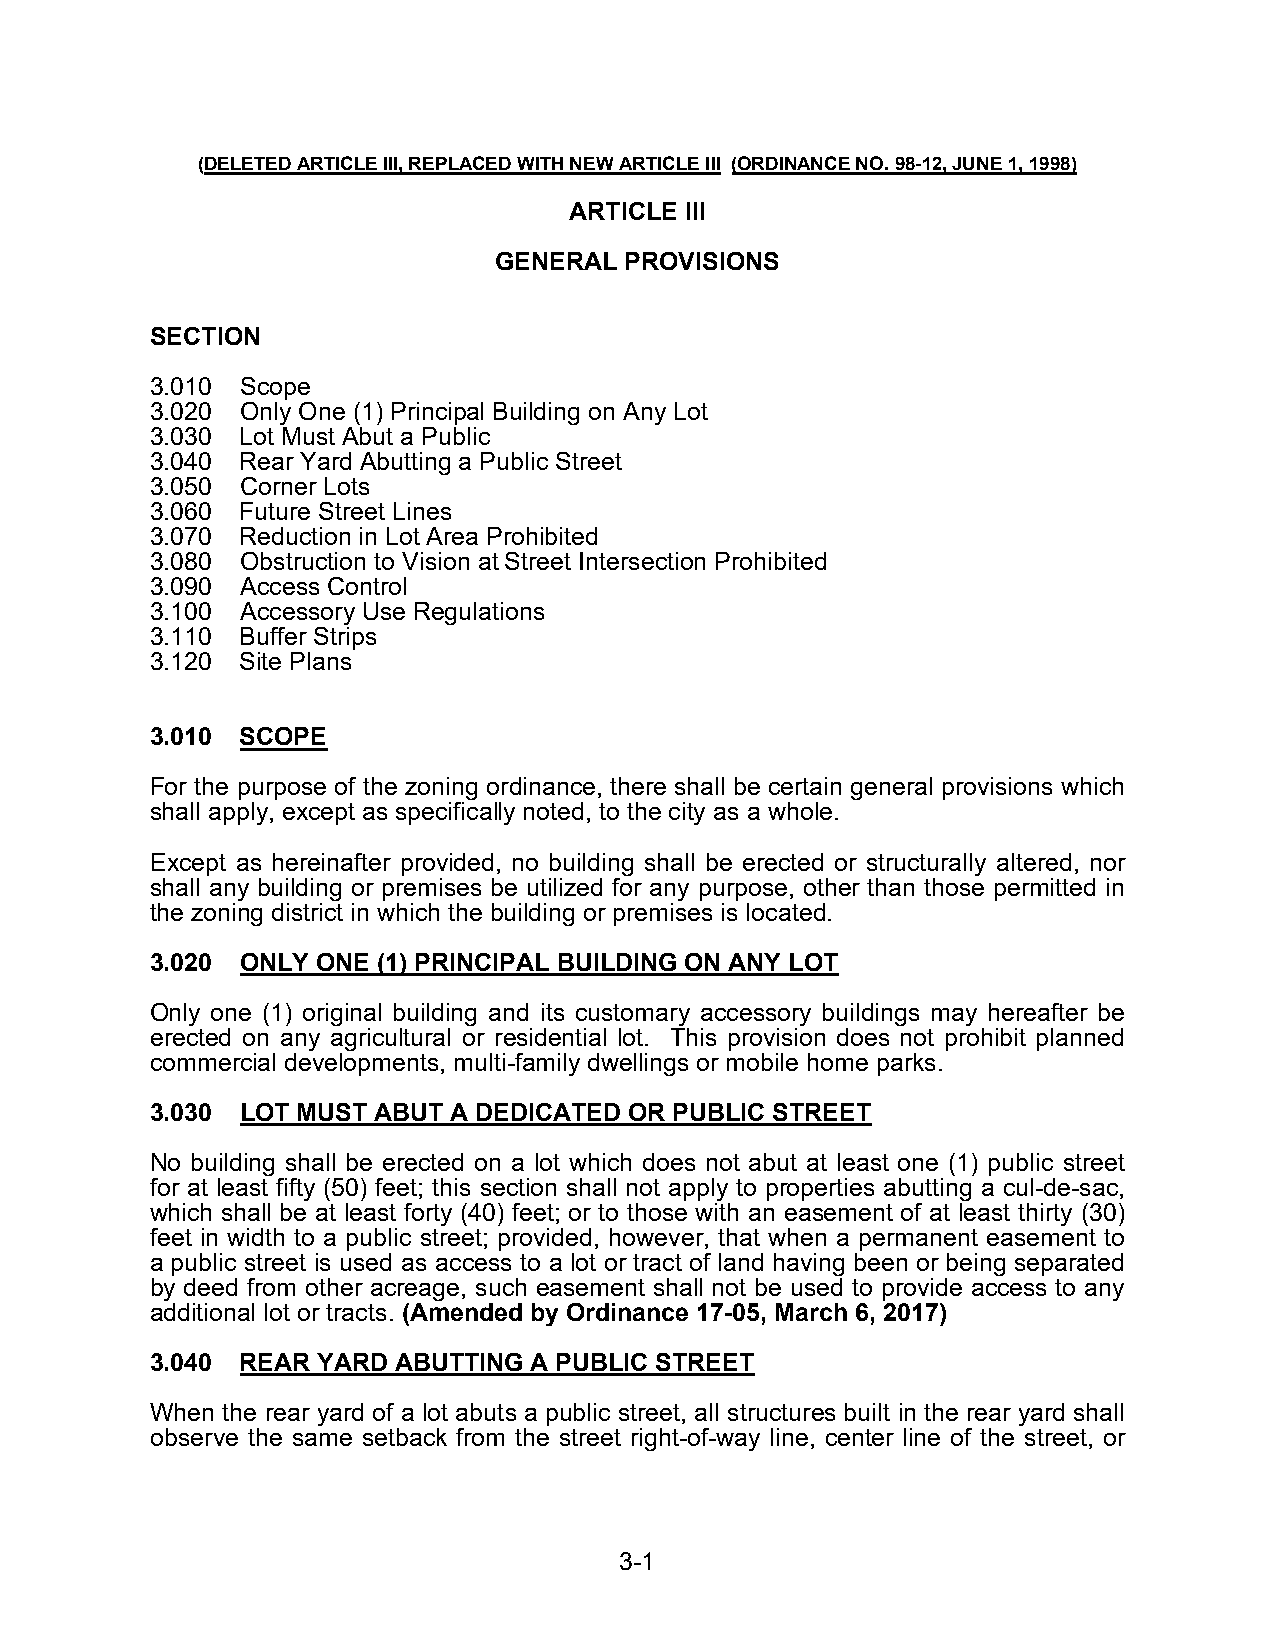
(DELETED ARTICLE III, REPLACED WITH NEW ARTICLE III (ORDINANCE NO. 98-12, JUNE 1, 1998)
 ARTICLE III
 GENERAL PROVISIONS
 SECTION
 3.010 Scope
 3.020 Only One (1) Principal Building on Any Lot
 3.030 Lot Must Abut a Public
 3.040 Rear Yard Abutting a Public Street
 3.050 Corner Lots
 3.060 Future Street Lines
 3.070 Reduction in Lot Area Prohibited
 3.080 Obstruction to Vision at Street Intersection Prohibited
 3.090 Access Control
 3.100 Accessory Use Regulations
 3.110 Buffer Strips
 3.120 Site Plans
 3.010 SCOPE
 For the purpose of the zoning ordinance, there shall be certain general provisions which
 shall apply, except as specifically noted, to the city as a whole.
 Except as hereinafter provided, no building shall be erected or structurally altered, nor
 shall any building or premises be utilized for any purpose, other than those permitted in
 the zoning district in which the building or premises is located.
 3.020 ONLY ONE (1) PRINCIPAL BUILDING ON ANY LOT
 Only one (1) original building and its customary accessory buildings may hereafter be
 erected on any agricultural or residential lot. This provision does not prohibit planned
 commercial developments, multi-family dwellings or mobile home parks.
 3.030 LOT MUST ABUT A DEDICATED OR PUBLIC STREET
 No building shall be erected on a lot which does not abut at least one (1) public street
 for at least fifty (50) feet; this section shall not apply to properties abutting a cul-de-sac,
 which shall be at least forty (40) feet; or to those with an easement of at least thirty (30)
 feet in width to a public street; provided, however, that when a permanent easement to
 a public street is used as access to a lot or tract of land having been or being separated
 by deed from other acreage, such easement shall not be used to provide access to any
 additional lot or tracts. (Amended by Ordinance 17-05, March 6, 2017)
 3.040 REAR YARD ABUTTING A PUBLIC STREET
 When the rear yard of a lot abuts a public street, all structures built in the rear yard shall
 observe the same setback from the street right-of-way line, center line of the street, or
 3-1